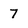
Character: 7